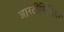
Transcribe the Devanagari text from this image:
आरटीमिज़िया